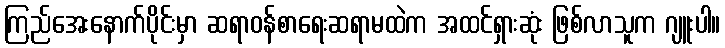
ကြည်အေးနောက်ပိုင်းမှာ ဆရာဝန်စာရေးဆရာမထဲက အထင်ရှားဆုံး ဖြစ်လာသူက ဂျူးပါ။